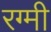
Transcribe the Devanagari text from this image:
रग्मी